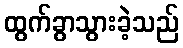
ထွက်ခွာသွားခဲ့သည်